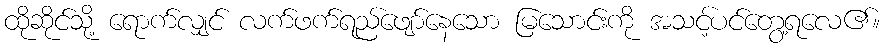
ထိုဆိုင်သို့ ရောက်လျှင် လက်ဖက်ရည်ဖျော်နေသော မြသောင်းကို အသင့်ပင်တွေ့ရလေ၏။